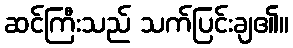
ဆင်ကြီးသည် သက်ပြင်းချ၏။